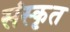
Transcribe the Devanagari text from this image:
संस्कृत